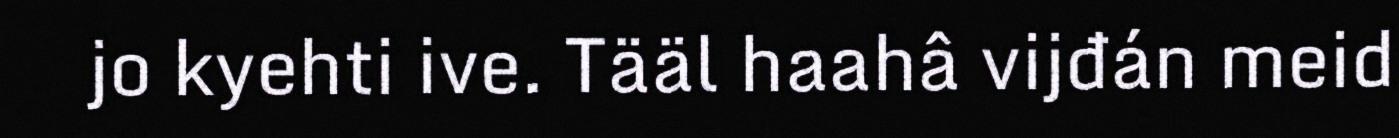
jo kyehti ive. Tääl haahâ vijđán meid